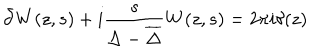
\bar { \partial } W ( z , s ) + i \frac { s } { \Delta - { \overline { { \Delta } } } } W ( z , s ) = 2 \pi i \delta ( z ) \nonumber